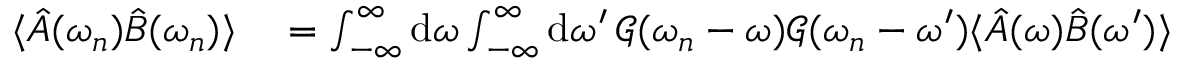
\begin{array} { r l } { \langle \hat { A } ( \omega _ { n } ) \hat { B } ( \omega _ { n } ) \rangle } & { { } = \int _ { - \infty } ^ { \infty } \mathrm { d } \omega \int _ { - \infty } ^ { \infty } \mathrm { d } \omega ^ { \prime } \, \mathcal { G } ( \omega _ { n } - \omega ) \mathcal { G } ( \omega _ { n } - \omega ^ { \prime } ) \langle \hat { A } ( \omega ) \hat { B } ( \omega ^ { \prime } ) \rangle } \end{array}